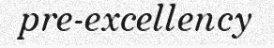
pre-excellency